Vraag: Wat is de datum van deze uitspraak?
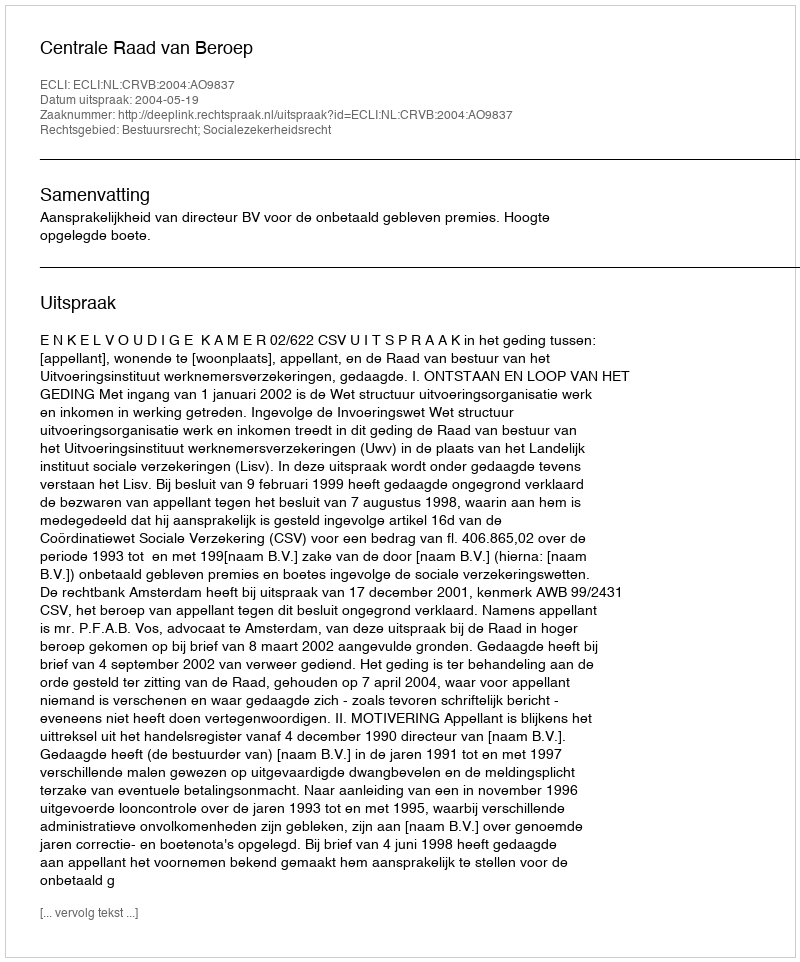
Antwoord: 2004-05-19